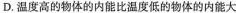
D.温度高的物体的内能比温度低的物体的内能大